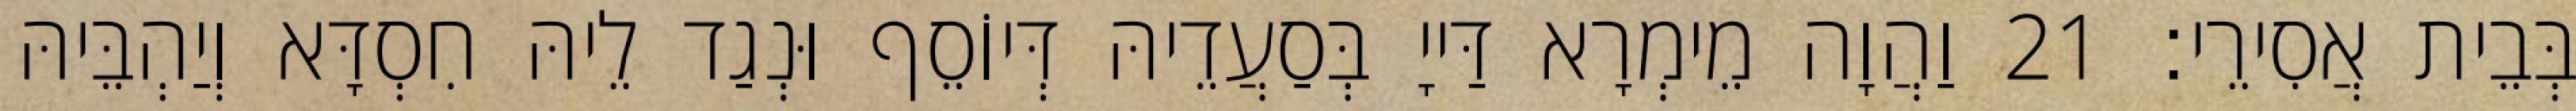
בְּבֵית אֲסִירֵי׃ 21 וַהֲוָה מֵימְרָא דַּייָ בְּסַעֲדֵיהּ דְּיוֹסֵף וּנְגַד לֵיהּ חִסְדָּא וְיַהְבֵּיהּ